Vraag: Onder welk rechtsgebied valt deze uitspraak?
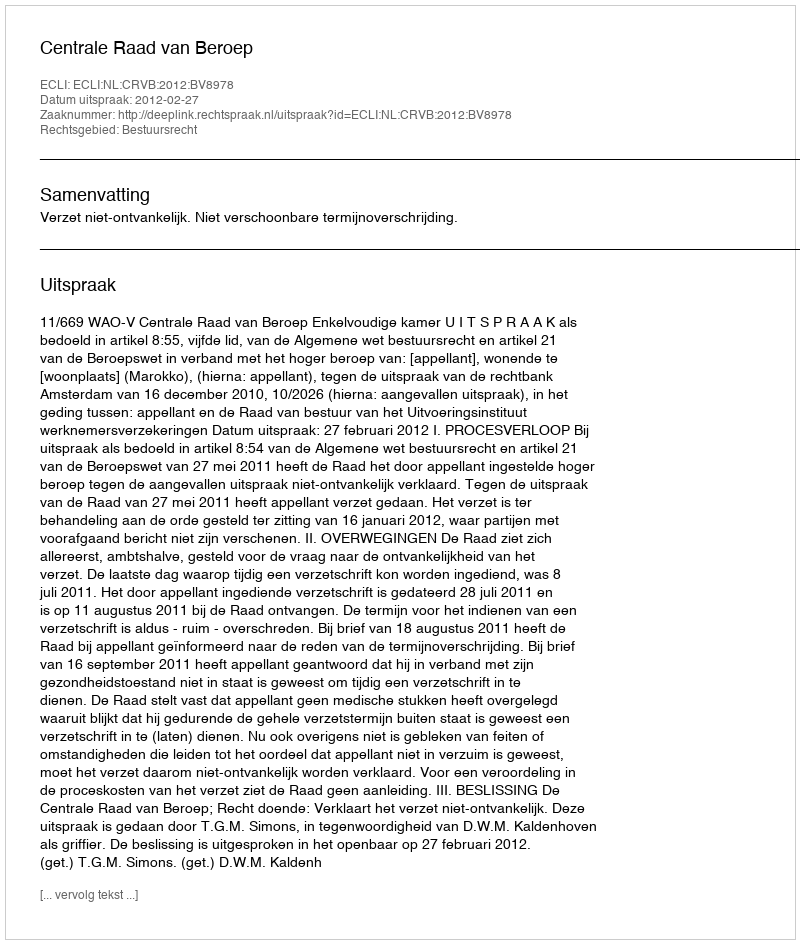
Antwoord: Bestuursrecht